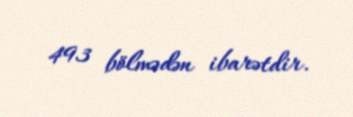
493 bölmədən ibarətdir.